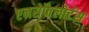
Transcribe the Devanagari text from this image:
एनसेफैलोर्टस